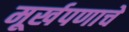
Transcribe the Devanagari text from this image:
मूर्खपणाचे